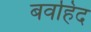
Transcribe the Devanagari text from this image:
बवहिद